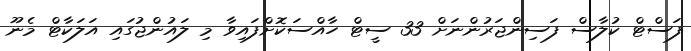
ފަސްޓް ކުލާސް ފަސިންޖަރުންނަށް 33 ސީޓް ހާއްސަކޮށްފައިވާ މި ލައުންޖުގައި އަލަކާޓް މެނޫ